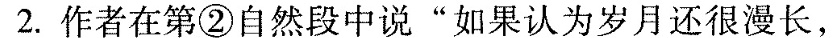
2.作者在第②自然段中说”如果认为岁月还很漫长，